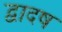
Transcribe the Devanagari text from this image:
द्वादष